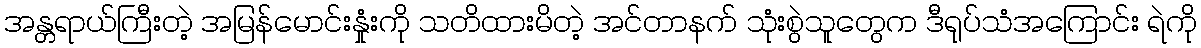
အန္တရာယ်ကြီးတဲ့ အမြန်မောင်းနှုံးကို သတိထားမိတဲ့ အင်တာနက် သုံးစွဲသူတွေက ဒီရုပ်သံအကြောင်း ရဲကို